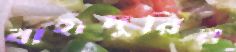
বাহাদুরির